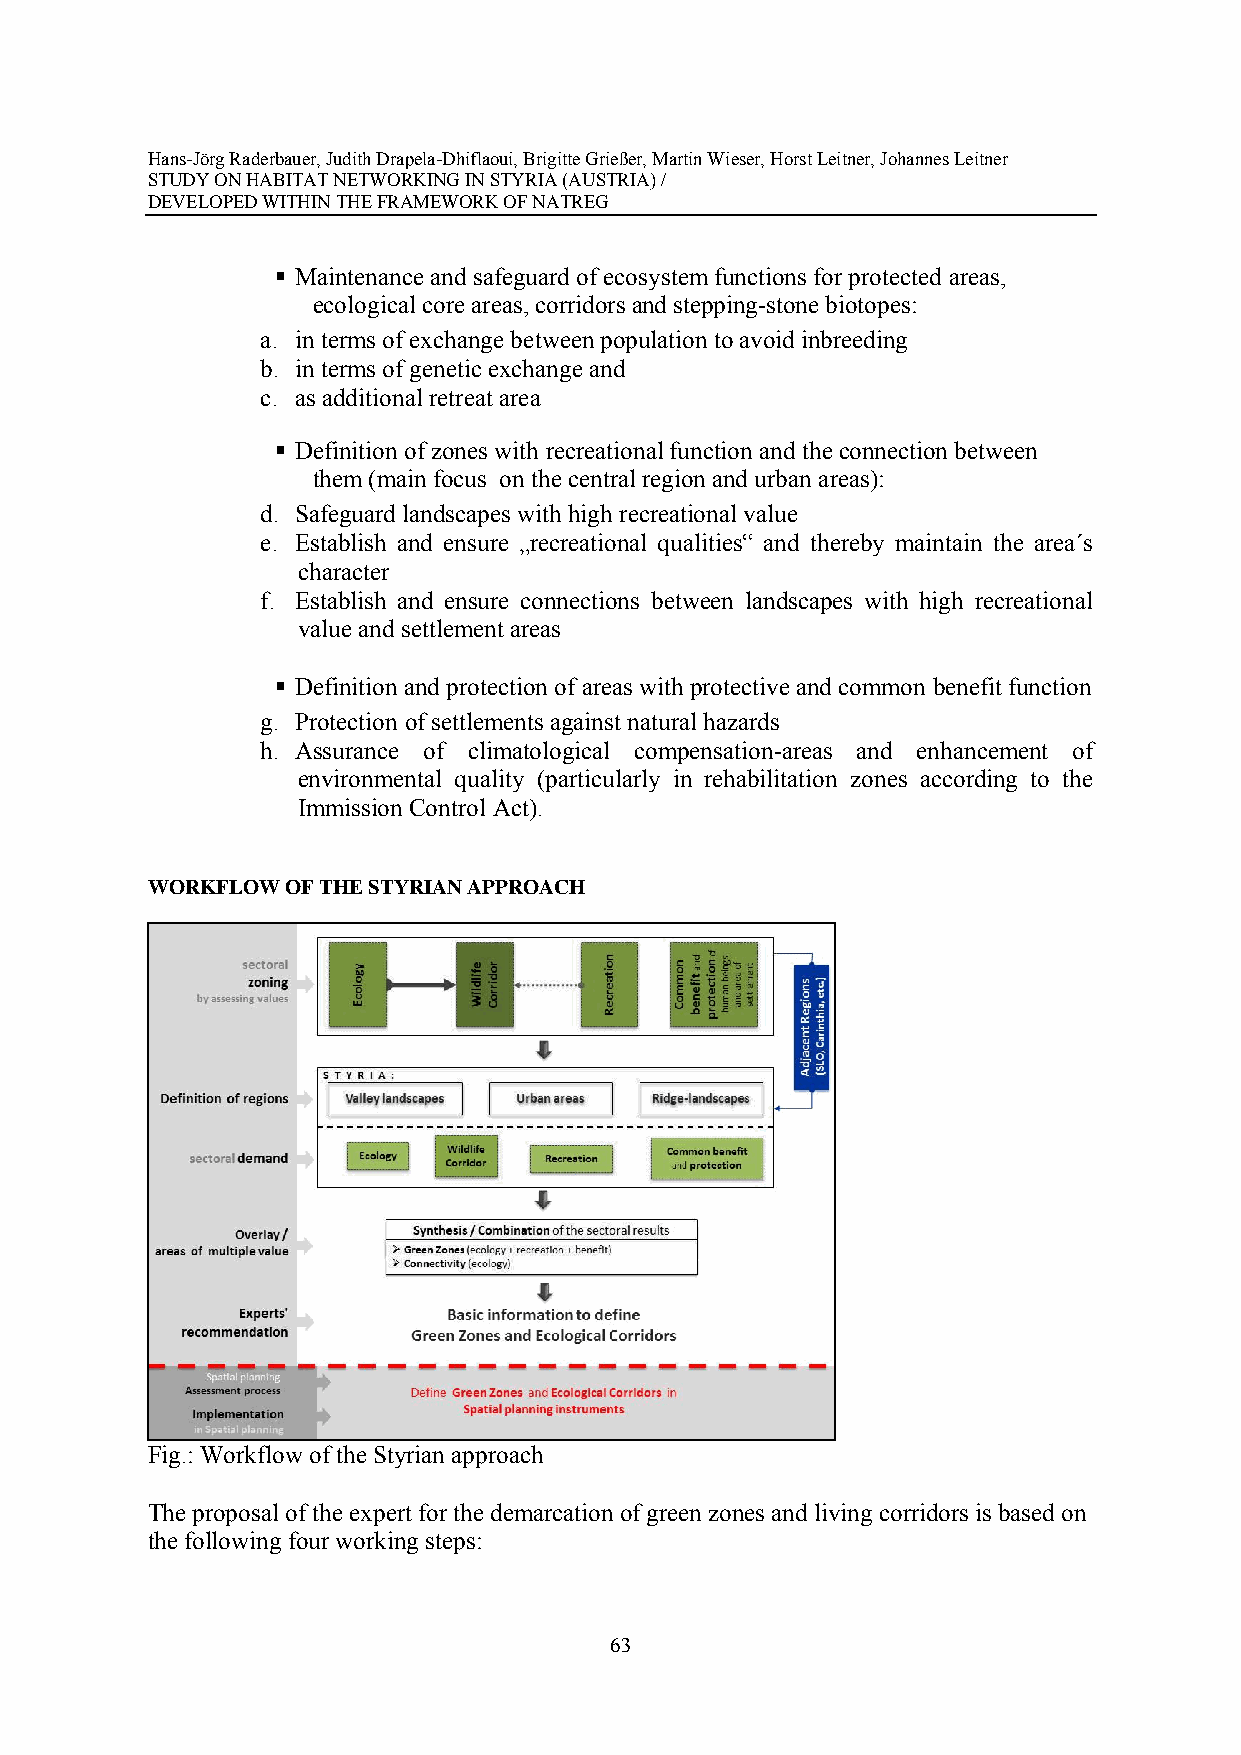
Hans-Jörg Raderbauer, Judith Drapela-Dhiflaoui, Brigitte Grießer, Martin Wieser, Horst Leitner, Johannes Leitner
 STUDY ON HABITAT NETWORKING IN STYRIA (AUSTRIA) /
 DEVELOPED WITHIN THE FRAMEWORK OF NATREG
  Maintenance and safeguard of ecosystem functions for protected areas,
 ecological core areas, corridors and stepping-stone biotopes:
 a. in terms of exchange between population to avoid inbreeding
 b. in terms of genetic exchange and
 c. as additional retreat area
  Definition of zones with recreational function and the connection between
 them (main focus on the central region and urban areas):
 d. Safeguard landscapes with high recreational value
 e. Establish and ensure „recreational qualities“ and thereby maintain the area´s
 character
 f. Establish and ensure connections between landscapes with high recreational
 value and settlement areas
  Definition and protection of areas with protective and common benefit function
 g. Protection of settlements against natural hazards
 h. Assurance of climatological compensation-areas and enhancement of
 environmental quality (particularly in rehabilitation zones according to the
 Immission Control Act).
 WORKFLOW OF THE STYRIAN APPROACH
 Fig.: Workflow of the Styrian approach
 The proposal of the expert for the demarcation of green zones and living corridors is based on
 the following four working steps:
 63